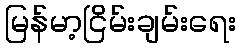
မြန်မာ့ငြိမ်းချမ်းရေး